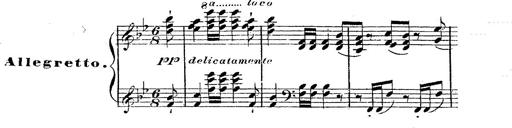
Title: 12 Lieder von Franz Schubert
Composer: Franz Liszt